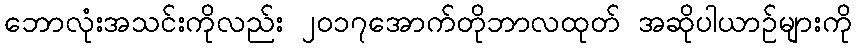
ဘောလုံးအသင်းကိုလည်း ၂၀၁၇အောက်တိုဘာလထုတ် အဆိုပါယာဉ်များကို